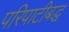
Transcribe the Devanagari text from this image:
परिपाटीबद्ध